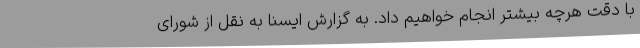
با دقت هرچه بیشتر انجام خواهیم داد. به گزارش ایسنا به نقل از شورای